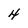
Character: 4